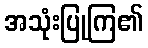
အသုံးပြုကြ၏